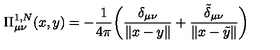
\Pi _ { \mu \nu } ^ { 1 , N } ( x , y ) = - \frac { 1 } { 4 \pi } \biggl ( \frac { \delta _ { \mu \nu } } { \| x - y \| } + \frac { \tilde { \delta } _ { \mu \nu } } { \| x - \tilde { y } \| } \biggr )